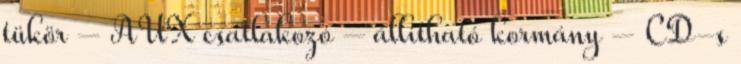
tükör – AUX csatlakozó – állítható kormány – CD-s